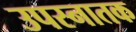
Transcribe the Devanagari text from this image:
उपस्नातक